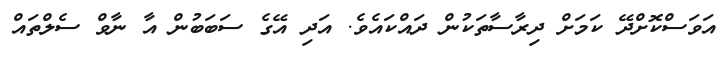
އަވަސްކޮށްދޭ ކަމަށް ދިރާސާތަކުން ދައްކައެވެ. އަދި އޭގެ ސަބަބުން އާ ނާވް ސެލްތައް